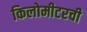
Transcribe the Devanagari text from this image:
किलोमीटरची